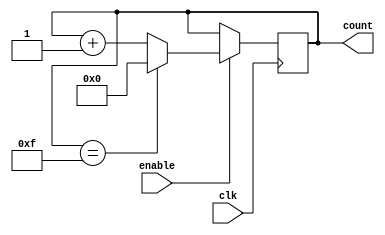
module modulo_n_up_counter (
    input wire clk,
    input wire enable,
    output reg [N_BITS-1:0] count
);

parameter N = 16; // Replace 16 with the desired integer value
parameter N_BITS = $clog2(N);

always @(posedge clk) begin
    if (enable) begin
        if (count == N-1) begin
            count <= 0;
        end else begin
            count <= count + 1;
        end
    end
end

endmodule